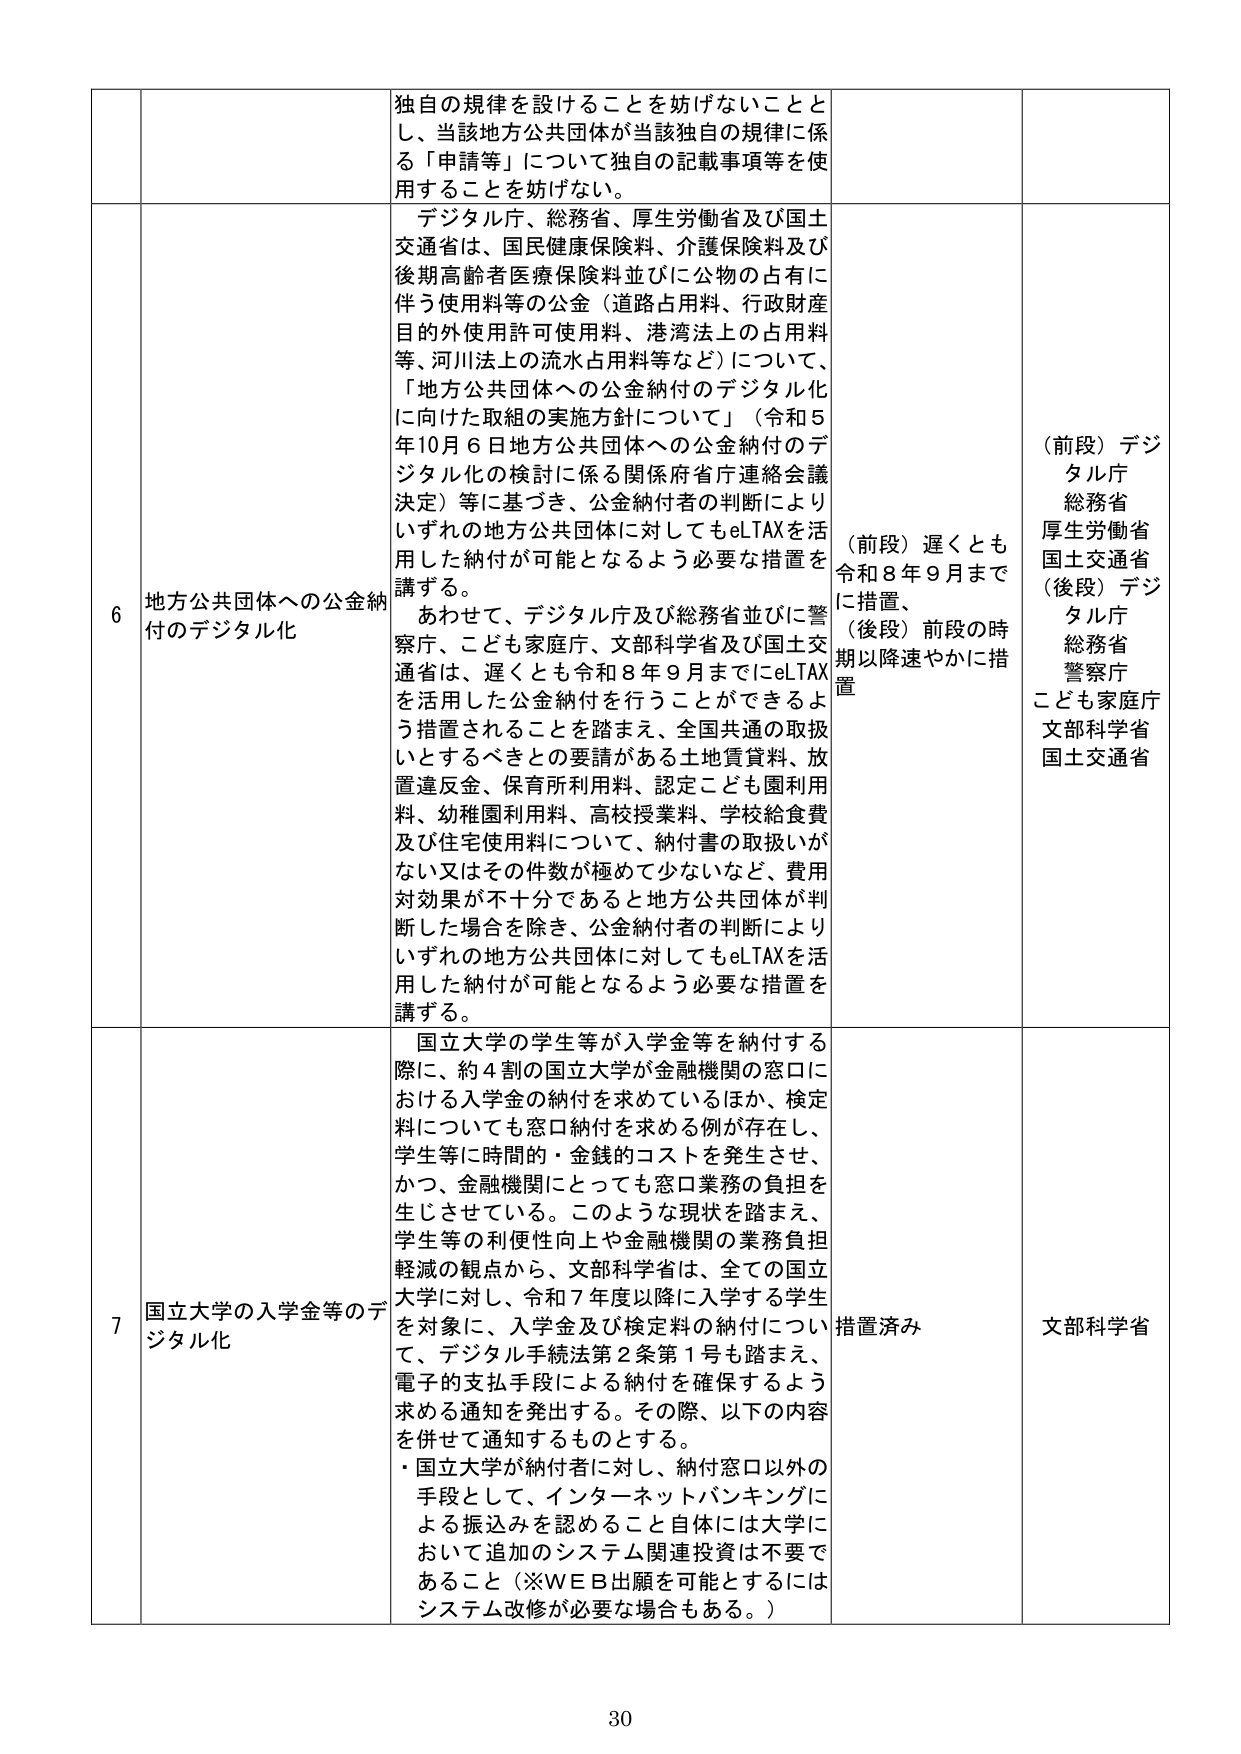
独自の規律を設けることを妨げないことと
し、当該地方公共団体が当該独自の規律に係
る「申請等」について独自の記載事項等を使
用することを妨げない。

6 地方公共団体への公金納付のデジタル化
デジタル庁、総務省、厚生労働省及び国土
交通省は、国民健康保険料、介護保険料及び
後期高齢者医療保険料並びに公物の占有に
伴う使用料等の公金（道路占用料、行政財産
目的外使用許可使用料、港湾法上の占用料
等、河川法上の流水占用料等など）について、
「地方公共団体への公金納付のデジタル化
に向けた取組の実施方針について」（令和5
年10月6日地方公共団体への公金納付のデ
ジタル化の検討に係る関係府省庁連絡会議
決定）等に基づき、公金納付者の判断により
いずれの地方公共団体に対してもeLTAXを活
用した納付が可能となるよう必要な措置を
講ずる。
あわせて、デジタル庁及び総務省並びに警
察庁、こども家庭庁、文部科学省及び国土交
通省は、遅くとも令和8年9月までにeLTAX
を活用した公金納付を行うことができるよ
う措置されることを踏まえ、全国共通の取扱
いとするべきとの要請がある土地賃貸料、放
置違反金、保育所利用料、認定こども園利用
料、幼稚園利用料、高校授業料、学校給食費
及び住宅使用料について、納付書の取扱いが
ない又はその件数が極めて少ないなど、費用
対効果が不十分であると地方公共団体が判
断した場合を除き、公金納付者の判断により
いずれの地方公共団体に対してもeLTAXを活
用した納付が可能となるよう必要な措置を
講ずる。

（前段）遅くとも
令和8年9月まで
に措置、
（後段）前段の時
期以降速やかに措
置

（前段）デジ
タル庁
総務省
厚生労働省
国土交通省
（後段）デジ
タル庁
総務省
警察庁
こども家庭庁
文部科学省
国土交通省

7 国立大学の入学金等のデジタル化
国立大学の学生等が入学金等を納付する
際に、約4割の国立大学が金融機関の窓口に
おける入学金の納付を求めているほか、検定
料についても窓口納付を求める例が存在し、
学生等に時間的・金銭的コストを発生させ、
かつ、金融機関にとっても窓口業務の負担を
生じさせている。このような現状を踏まえ、
学生等の利便性向上や金融機関の業務負担
軽減の観点から、文部科学省は、全ての国立
大学に対し、令和7年度以降に入学する学生
を対象に、入学金及び検定料の納付につい
て、デジタル手続法第2条第1号も踏まえ、
電子的支払手段による納付を確保するよう
求める通知を発出する。その際、以下の内容
を併せて通知するものとする。
・国立大学が納付者に対し、納付窓口以外の
手段として、インターネットバンキングに
よる振込みを認めること自体には大学に
おいて追加のシステム関連投資は不要で
あること（※WEB出願を可能とするには
システム改修が必要な場合もある。）

措置済み

文部科学省

30